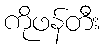
ကိုဖန်တီး